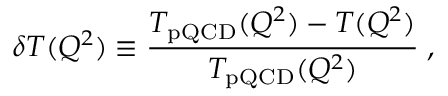
\delta T ( Q ^ { 2 } ) \equiv { \frac { T _ { \mathrm { p Q C D } } ( Q ^ { 2 } ) - T ( Q ^ { 2 } ) } { T _ { \mathrm { p Q C D } } ( Q ^ { 2 } ) } } \; ,